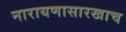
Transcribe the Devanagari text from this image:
नारायणासारखाच